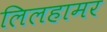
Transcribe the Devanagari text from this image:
लिलहामर